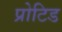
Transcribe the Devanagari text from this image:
प्रोटिड